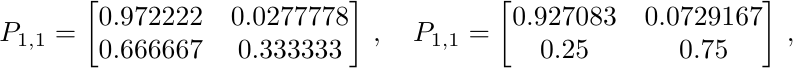
\begin{gather*}
 P_{1,1}=\begin{bmatrix}
 0.972222 & 0.0277778\\
 0.666667 & 0.333333
 \end{bmatrix}\,,\quad
 P_{1,1}=\begin{bmatrix}
 0.927083 & 0.0729167\\
 0.25   &   0.75
\end{bmatrix}\,,
\end{gather*}